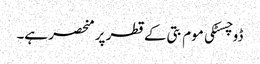
ڈوچسٹکی موم بتی کے قطر پر منحصر ہے۔